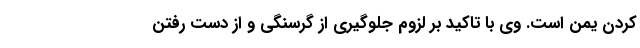
کردن یمن است. وی با تاکید بر لزوم جلوگیری از گرسنگی و از دست رفتن